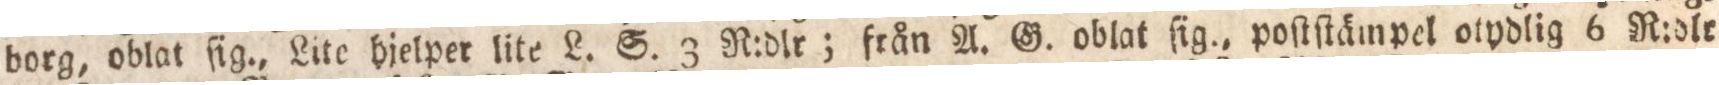
borg, oblat ſig., Lite hjelper lite L. S. 3 R:dlr; från A. G. oblat ſig., poſtſtämpel otydlig 6 R:dlr